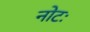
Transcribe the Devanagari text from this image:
नोटः